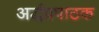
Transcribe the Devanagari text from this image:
अर्द्धप्रपाठक